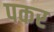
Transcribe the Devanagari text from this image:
पकर